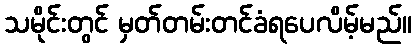
သမိုင်းတွင် မှတ်တမ်းတင်ခံရပေလိမ့်မည်။